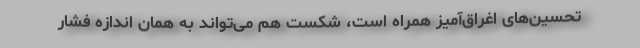
تحسین‌های اغراق‌آمیز همراه است، شکست هم می‌تواند به همان اندازه فشار